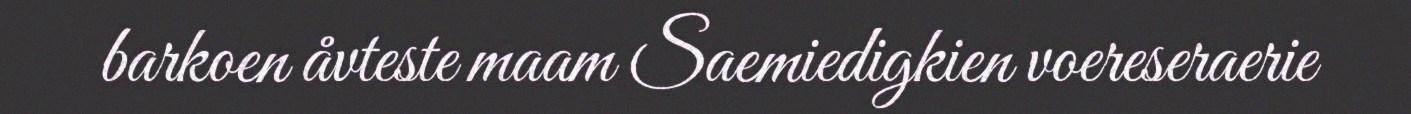
barkoen åvteste maam Saemiedigkien voereseraerie